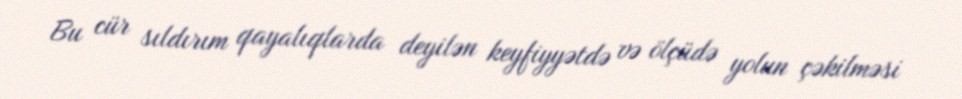
Bu cür sıldırım qayalıqlarda deyilən keyfiyyətdə və ölçüdə yolun çəkilməsi